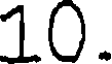
10.